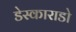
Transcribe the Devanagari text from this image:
डेस्काराडो